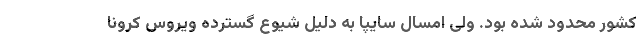
کشور محدود شده بود. ولی امسال سایپا به دلیل شیوع گسترده ویروس کرونا